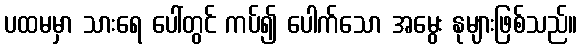
ပထမမှာ သားရေ ပေါ်တွင် ကပ်၍ ပေါက်သော အမွေး နုများဖြစ်သည်။